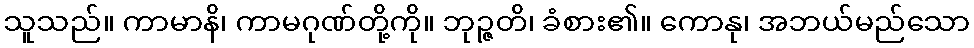
သူသည်။ ကာမာနိ၊ ကာမဂုဏ်တို့ကို။ ဘုဉ္ဇတိ၊ ခံစား၏။ ကောနု၊ အဘယ်မည်သော